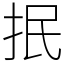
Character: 抿